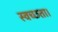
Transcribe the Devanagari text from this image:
स्वच्छता।